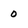
Character: 0